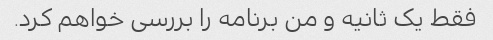
فقط یک ثانیه و من برنامه را بررسی خواهم کرد.